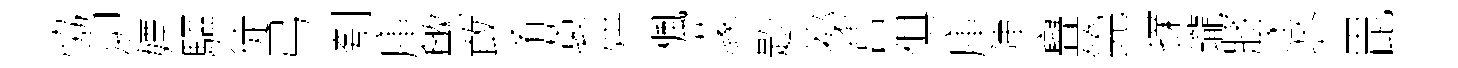
恊泖嫖驅徒弓刳庫歟敢淆蓑烘楓濛尟祕莒俱庫陣亹筦擈瓏將逐芥毘